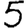
Digit: 5